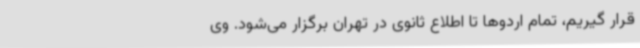
قرار گیریم، تمام اردوها تا اطلاع ثانوی در تهران برگزار می‌شود. وی